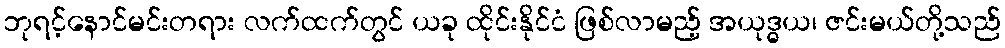
ဘုရင့်နောင်မင်းတရား လက်ထက်တွင် ယခု ထိုင်းနိုင်ငံ ဖြစ်လာမည့် အယုဒ္ဓယ၊ ဇင်းမယ်တို့သည်